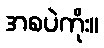
အစပဲကိုး။